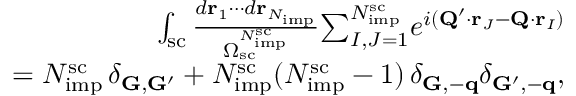
\begin{array} { r l r } & { } & { \int _ { \mathrm { s c } } \frac { d \mathbf r _ { 1 } \cdots d \mathbf r _ { N _ { \mathrm { i m p } } } } { \Omega _ { \mathrm { s c } } ^ { N _ { \mathrm { i m p } } ^ { \mathrm { s c } } } } { \sum } _ { I , J = 1 } ^ { N _ { \mathrm { i m p } } ^ { \mathrm { s c } } } e ^ { i ( \mathbf Q ^ { \prime } \cdot \mathbf r _ { J } - \mathbf Q \cdot \mathbf r _ { I } ) } } \\ & { } & { = N _ { \mathrm { i m p } } ^ { \mathrm { s c } } \, \delta _ { \mathbf G , \mathbf G ^ { \prime } } + N _ { \mathrm { i m p } } ^ { \mathrm { s c } } ( N _ { \mathrm { i m p } } ^ { \mathrm { s c } } - 1 ) \, \delta _ { \mathbf G , - \mathbf q } \delta _ { \mathbf G ^ { \prime } , - \mathbf q } , } \end{array}